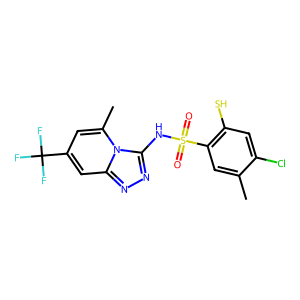
SMILES: Cc1cc(S(=O)(=O)Nc2nnc3cc(C(F)(F)F)cc(C)n23)c(S)cc1Cl
Inhibits HIV replication: Yes